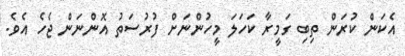
އެކަން ކުރަން ތިބި ގަމީރާ ކަހަލަ މީހުންނަށް ފުރުސަތު އޮންނަން ޖެހެ އެވެ.